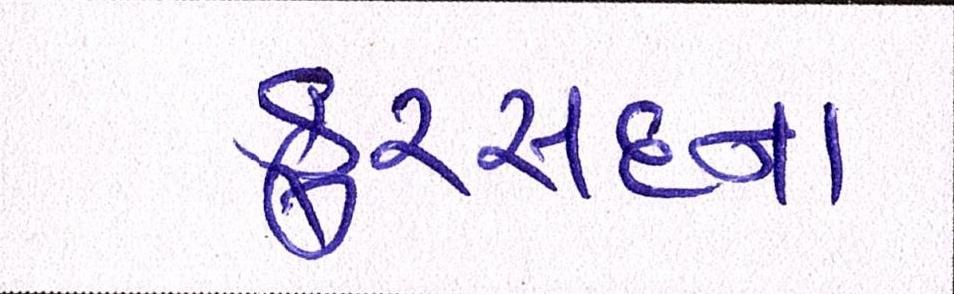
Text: ફુરસદના